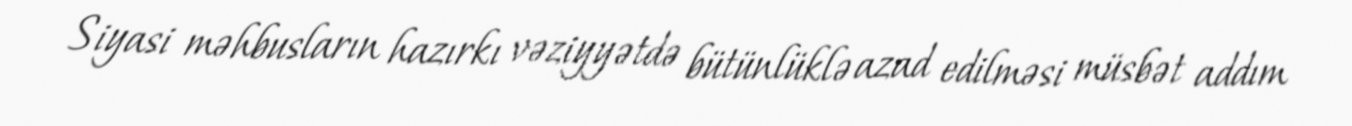
Siyasi məhbusların hazırkı vəziyyətdə bütünlüklə azad edilməsi müsbət addım